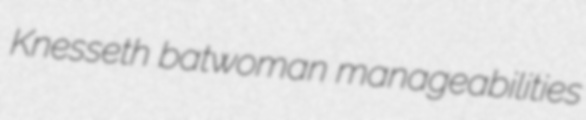
Knesseth batwoman manageabilities